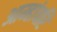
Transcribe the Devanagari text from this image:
आम्हांवरि